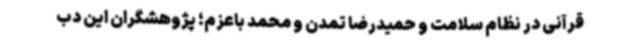
قرآنی در نظام سلامت و حمیدرضا تمدن و محمد باعزم؛ پژوهشگران این دب